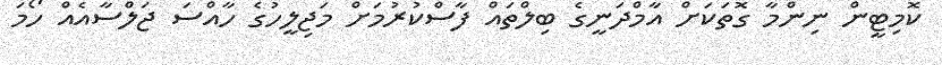
ކޮމިޓީން ނިންމާ ގޮތަކަށް އާމްދަނީގެ ބިލްތައް ފާސްކުރުމަށް މަޖިލީހުގެ ހާއްސަ ޖަލްސާއެއް ހޯމަ